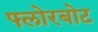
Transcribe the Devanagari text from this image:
फ्लोरबोट